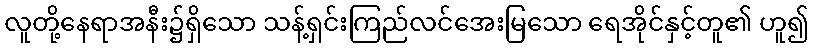
လူတို့နေရာအနီး၌ရှိသော သန့်ရှင်းကြည်လင်အေးမြသော ရေအိုင်နှင့်တူ၏ ဟူ၍